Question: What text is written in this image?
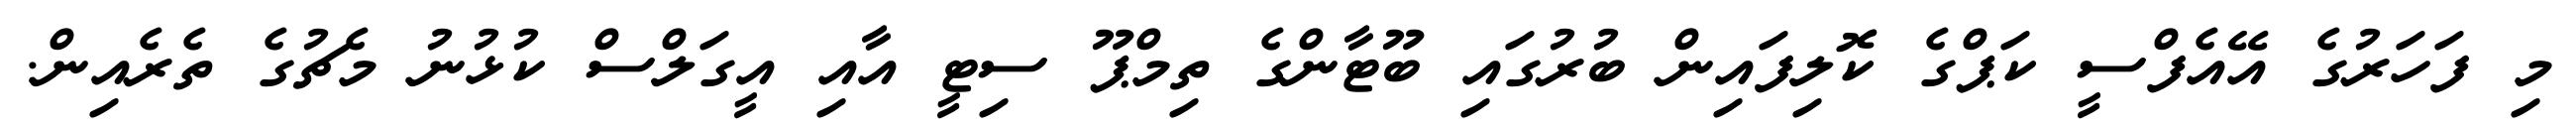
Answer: މި ފަހަރުގެ އޭއެފްސީ ކަޕްގެ ކޮލިފައިން ބުރުގައި ބޫޓާންގެ ތިމްޕޫ ސިޓީ އާއި އީގަލްސް ކުޅުނު މެޗުގެ ތެރެއިން.